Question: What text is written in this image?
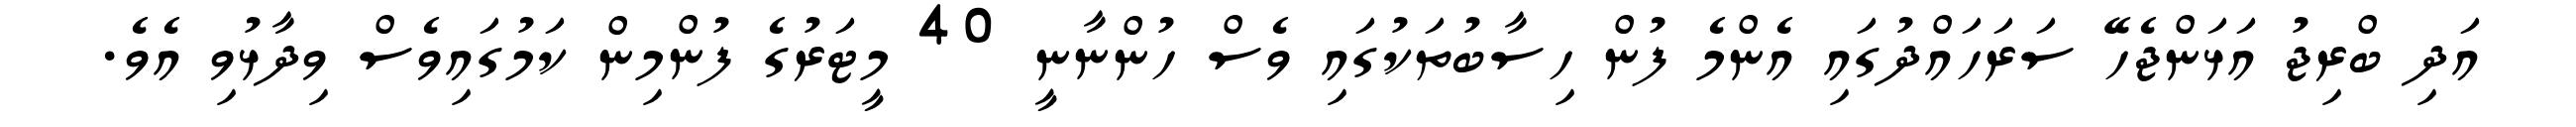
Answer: އަދި ބްރިޖު އަޅަންޖެހޭ ސަރަހައްދުގައި އެންމެ ފުން ހިސާބުތަކުގައި ވެސް ހުންނާނީ 40 މީޓަރުގެ ފުންމިން ކަމުގައިވެސް ވިދާޅުވި އެވެ.